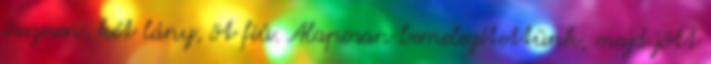
összesen, két lány, öt fiú. Alaposan bemelegítettünk, majd jött